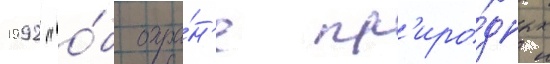
1992 "о́б охра́н'е пр'иро́дных